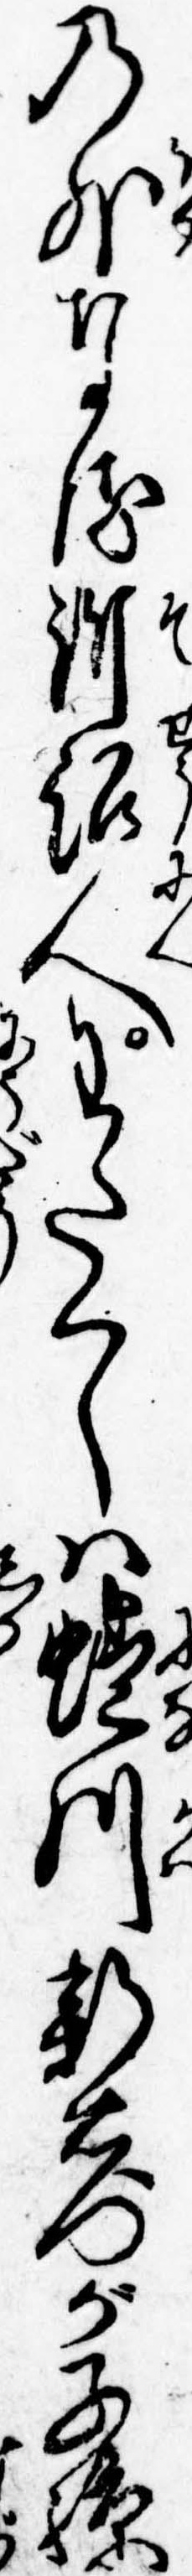
の外なる訴訟人わたくしは蜷川新右門が子孫